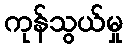
ကုန်သွယ်မှု